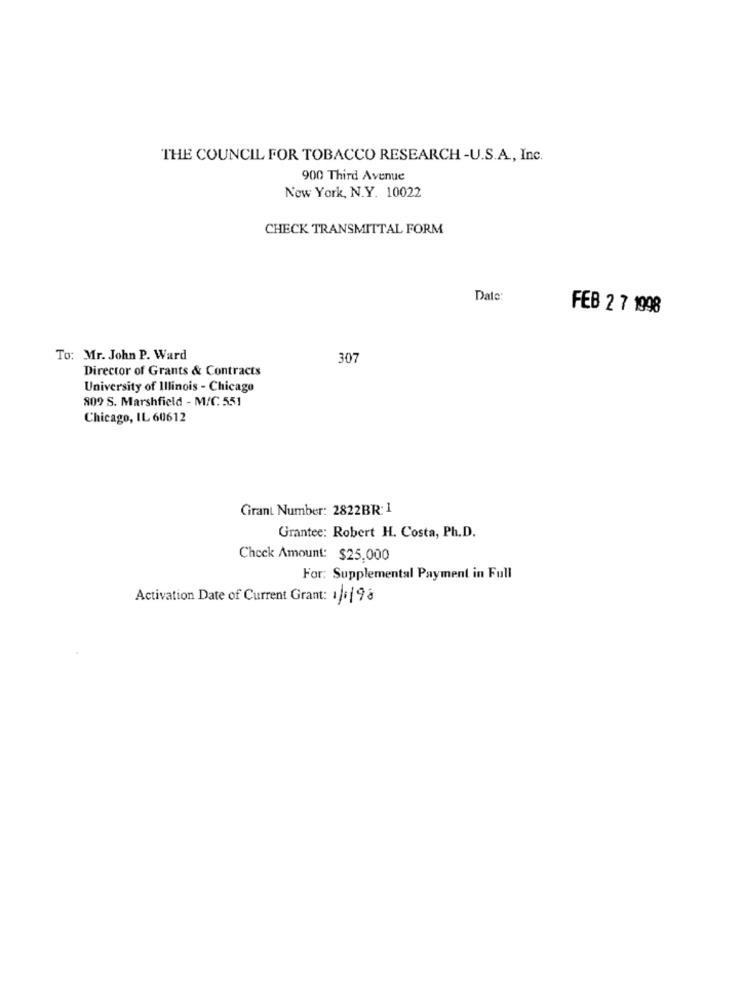
THE COUNCIL FOR TOBACCO RESEARCH -U.S.A ., Inc.
900 Third Avenue
New York, N.Y. 10022
CHECK TRANSMITTAL FORM
Date:
FEB 2 7 1998
To: Mr. John P. Ward
307
Director of Grants & Contracts
University of Illinois - Chicago
809 S. Marshfield - M/C. 551
Chicago, IL 60612
Grant Number: 2822BR: 1
Grantee: Robert H. Costa, Ph.D.
Check Amount: $25,000
For: Supplemental Payment in Full
Activation Date of Current Grant: 1/1/98